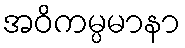
အဝိကမ္ပမာနာ